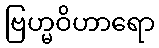
ဗြဟ္မဝိဟာရော